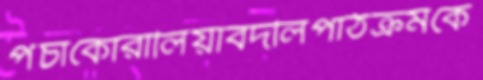
পঁচাকোরালিয়াবদলিপাঠক্রমকে